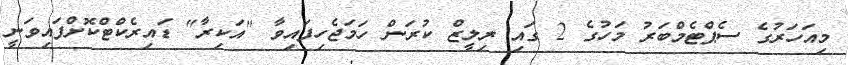
މިއަހަރުގެ ސެޕްޓެމްބަރު މަހުގެ 2 ގައި ރިލީޒް ކުރަން ހަމަޖެހިފައިވާ "އަކިރާ" ޑައިރެކްޓްކޮށްފައިވަނީ